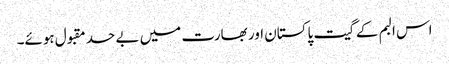
اس البم کے گیت پاکستان اور بھارت میں بے حد مقبول ہوئے۔